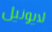
لايونيل